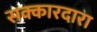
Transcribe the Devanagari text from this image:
सक्कारदारा